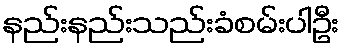
နည်းနည်းသည်းခံစမ်းပါဦး